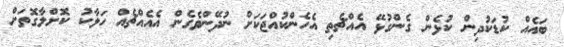
ބައެއް ކުޑަކުދިން ކުޅެން ގެންގުޅޭ އެއްޗެތި އެހެންކުއްޖަކަށް ނުދޭންވެގެން އެއެއްޗެއް ހަލާކު ކޮށްލާގޮތަށް